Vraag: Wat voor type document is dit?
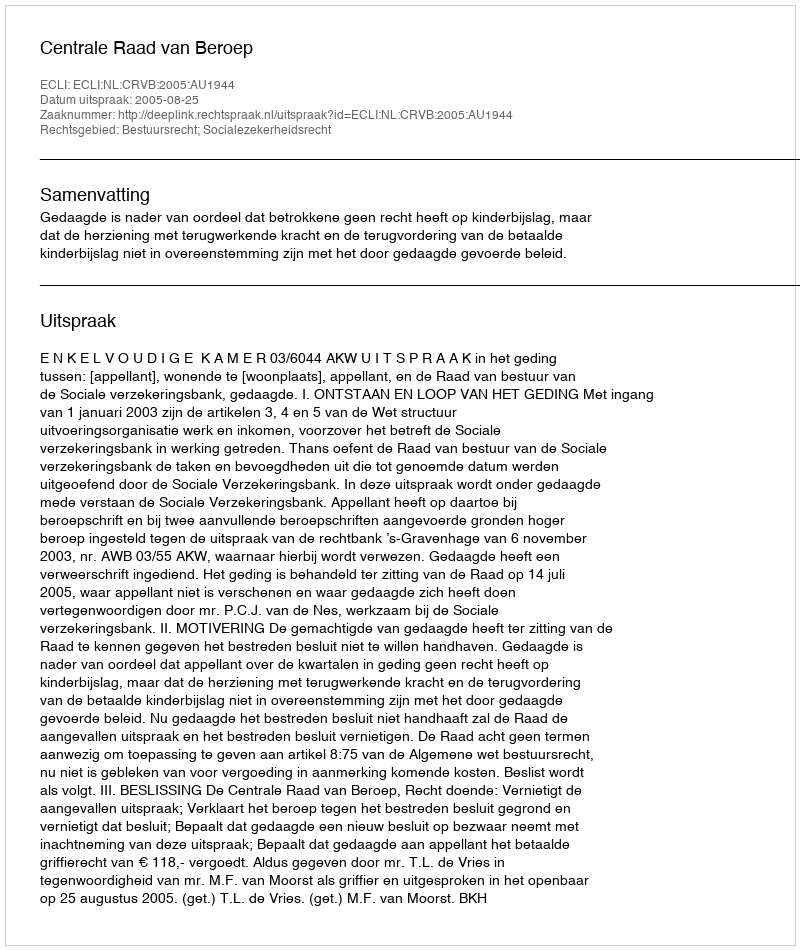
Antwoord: Uitspraak